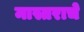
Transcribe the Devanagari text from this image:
मास्तराचे